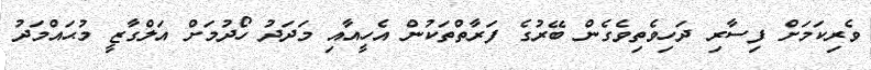
ވެރިކަމަށް ފިސާރި ދަހިވެތިވެގެން ބޭރުގެ ފަރާތްތަކުން އެހީއާއި މަދަދު ހޯދުމަށް އަލްގާޒީ މުޙައްމަދު